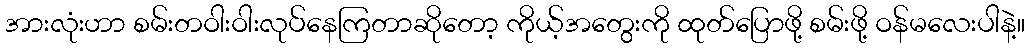
အားလုံးဟာ စမ်းတဝါးဝါးလုပ်နေကြတာဆိုတော့ ကိုယ့်အတွေးကို ထုတ်ပြောဖို့ စမ်းဖို့ ဝန်မလေးပါနဲ့။